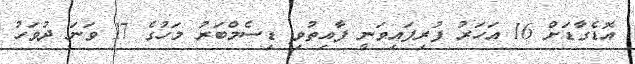
އޮޑެގާޑަށް 16 އަހަރު ފުރިފައިވަނީ ފާއިތުވި ޑިސެމްބަރު މަހުގެ 17 ވަނަ ދުވަހު